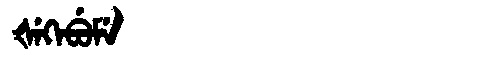
Manchu: ᡧᡝᡴᡝᠪᡠᠮᡝ
Romanization: ŠEKEBUME